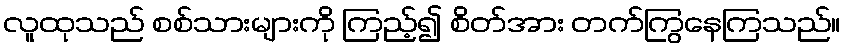
လူထုသည် စစ်သားများကို ကြည့်၍ စိတ်အား တက်ကြွနေကြသည်။